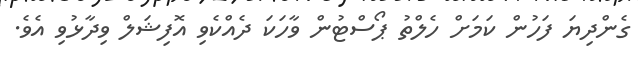
ގެންދިޔަ ފަހުން ކަމަށް ހެލްތު ޕޯސްޓުން ވާހަކަ ދެއްކެވި އޮފިޝަލް ވިދާޅުވި އެވެ.